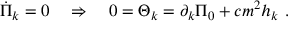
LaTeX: \dot { \Pi } _ { k } = 0 \quad \Rightarrow \quad 0 = \Theta _ { k } = \partial _ { k } \Pi _ { 0 } + c m ^ { 2 } h _ { k } \ .